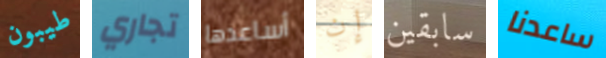
طيبون تجاري أساعدها إن سابقين ساعدنا